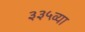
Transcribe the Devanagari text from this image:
३३५व्या